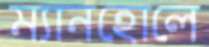
ম্যানহোলে